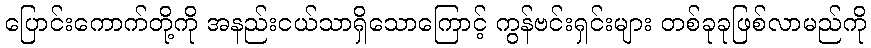
ပြောင်းကောက်တို့ကို အနည်းငယ်သာရှိသောကြောင့် ကွန်ဗင်းရှင်းများ တစ်ခုခုဖြစ်လာမည်ကို